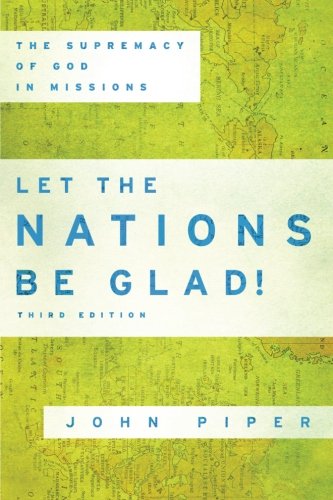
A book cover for Let the Nations Be Glad!: The Supremacy of God in Missions; John Piper; Christian Books & Bibles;